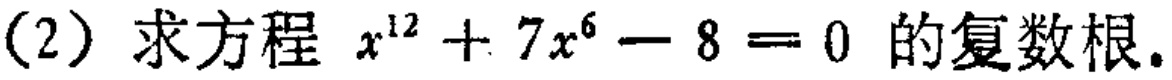
(2) 求方程 \(x^{12}+7x^{6}-8 = 0\) 的复数根。